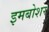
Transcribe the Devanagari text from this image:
इमबोशर